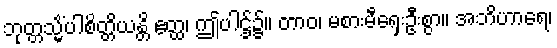
ဘုတ္တသ္မိံပါစိတ္တိယန္တိ ဧတ္ထ၊ ဤပါဌ်၌။ တာဝ၊ မစားမီရှေးဦးစွာ။ အဘိဟာရေ၊